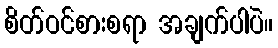
စိတ်ဝင်စားစရာ အချက်ပါပဲ။